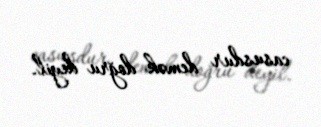
casusdur demək doğru deyil.